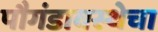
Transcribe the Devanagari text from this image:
पौगंडावस्थेचा